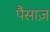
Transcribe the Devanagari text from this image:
पैसाज़